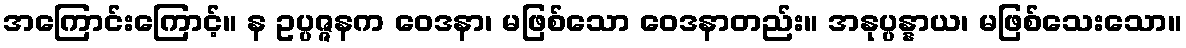
အကြောင်းကြောင့်။ န ဥပ္ပဇ္ဇနက ဝေဒနာ၊ မဖြစ်သော ဝေဒနာတည်း။ အနုပ္ပန္နာယ၊ မဖြစ်သေးသော။